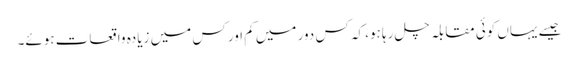
جیسے یہاں کوئی مقابلہ چل رہا ہو، کہ کس دور میں کم اور کس میں زیادہ واقعات ہوئے۔